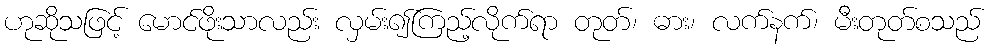
ဟုဆိုသဖြင့် မောင်ဖိုးသာလည်း လှမ်း၍ကြည့်လိုက်ရာ တုတ်၊ ဓား၊ လက်နက်၊ မီးတုတ်စသည်